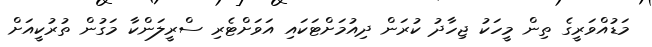
މަޑުއްވަރީގެ ތިން މީހަކު ޖިހާދު ކުރަން ދިއުމަށްޓަކައި އަވަށްޓެރި ސްރީލަންކާ މަގުން ތުރުކީއަށް